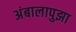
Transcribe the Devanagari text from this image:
अंबालापुझा